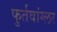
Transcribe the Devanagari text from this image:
फुर्तवांग्लर